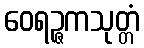
ဝေရဉ္ဇကသုတ္တံ